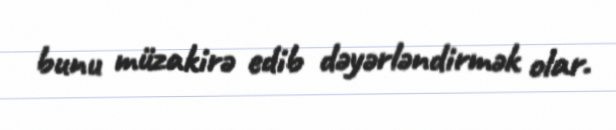
bunu müzakirə edib dəyərləndirmək olar.